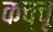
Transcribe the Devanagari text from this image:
कच्चू